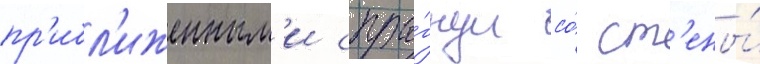
пр'ибл'иженным'и спры́гнул со́ ст'ены́